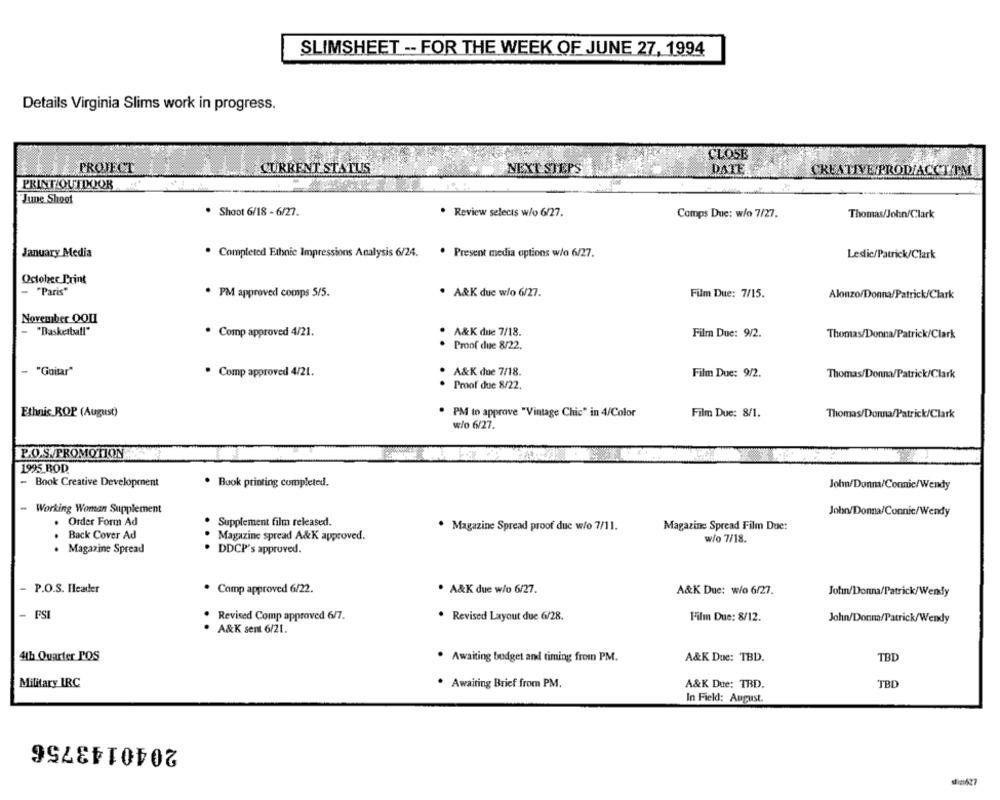
SLIMSHEET -- FOR THE WEEK OF JUNE 27, 1994
Details Virginia Slims work in progress.
CLOSE
PROJECT
CURRENT STATUS
NEXT STEPS
DATE
CREATIVE/PROD/ACCT/PM
PRINT OUTDOOR
June Shoot
· Shoot 6/18 - 6/27.
. Review selects w/o 6/27.
Comps Due: w/o 7/27.
Thomas/John/Clark
January Media
· Completed Ethnie Impressions Analysis 6/24. · Present media options w/e 6/27.
Ledic/Patrick/Clark
October Print
"Paris"
. PM approved comps 5/5.
. A&K due w/o 6/27.
Film Due: 7/15.
Alonzo/Donna/Patrick/Clark
November OQU
"Basketball"
. Comp approved 4/21.
A&K due 7/18.
Film Due: 9/2.
Thomas/Donna/Patrick/Clark
Proof due 8/22.
- "Guitar"
. Comp approved 4/21.
A&K due 7/18.
Film Due: 9/2.
Thomas/Donna/Patrick/Clark
Proof due 8/22.
Ethnic ROP (August)
PM to approve "Vintage Chic" in 4/Color
Film Due: 8/1.
Thomas/Donna/Patrick/Clark
w/o 6/27.
P.O.S.PROMOTION
1995 BOD
-
Book Creative Development
. Book printing completed.
Johm/Donna/Connic/Wendy
Working Woman Supplement
John/Donna/Connic/Wendy
Order Form Ad
Supplement film released.
. Magazine Spread proof duc w/o 7/11.
Magazine Spread Film Due:
Back Cover Ad
. Magazine spread A&K approved.
. .
w/o 7/18.
. Magazine Spread
DDCP's approved.
- P.O.S. Header
· Camp approved 6/22.
. A&K due w/o 6/27.
A&K Due: w/o 6/27.
Jotm/Donna/Patrick/Wendy
- FSI
Revised Comp approved 6/7.
Film Due: 8/12.
. Revised Layout due 6/28.
John/Donna/Patrick/Wendy
A&K sent 6/21.
4th Quarter POS
TBD
· Awaiting budget and timing from PM.
A&K Due: TBD.
Military IRC
. Awaiting Brief from PM.
A&K Due: TRD.
TBL
In Field: August.
2040143756
die627